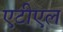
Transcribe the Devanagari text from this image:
एटीएल